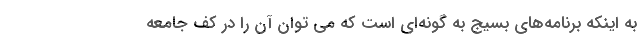
به اینکه برنامه‌های بسیج به گونه‌ای است که می توان آن را در کف جامعه